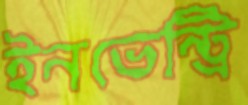
ইনভেন্ট্রি